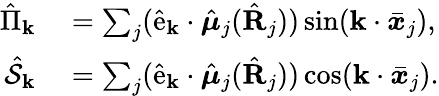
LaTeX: \begin{array}{rl}{\hat{\Pi}_{\mathbf{k}}}&{{}=\sum_{j}(\hat{\mathrm{e}}_{\mathbf{k}}\cdot\hat{\boldsymbol\mu}_{j}(\hat{\mathbf R}_{j}))\sin(\mathbf{k}\cdot\bar{\boldsymbol x}_{j}),}\\ {\hat{\mathcal{S}}_{\mathbf{k}}}&{{}=\sum_{j}(\hat{\mathrm{e}}_{\mathbf{k}}\cdot\hat{\boldsymbol\mu}_{j}(\hat{\mathbf R}_{j}))\cos(\mathbf{k}\cdot\bar{\boldsymbol x}_{j}).}\end{array}